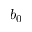
b _ { 0 }